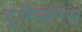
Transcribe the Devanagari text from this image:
दुम्प्लिंग्स